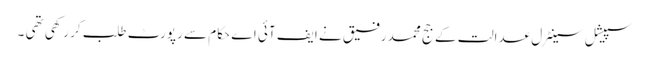
سپیشل سینٹرل عدالت کے جج محمد رفیق نے ایف آئی اے حکام سے رپورٹ طلب کر رکھی تھی ۔